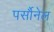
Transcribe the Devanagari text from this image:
पर्सौनेल